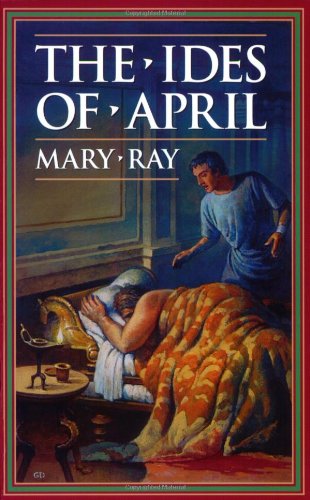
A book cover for The Ides of April (Ray, Mary, Roman Empire Sequence.); Mary Ray; Teen & Young Adult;